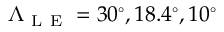
\Lambda _ { \mathrm { ~ L ~ E ~ } } = 3 0 ^ { \circ } , 1 8 . 4 ^ { \circ } , 1 0 ^ { \circ }